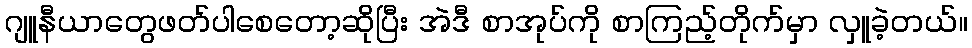
ဂျူနီယာတွေဖတ်ပါစေတော့ဆိုပြီး အဲဒီ စာအုပ်ကို စာကြည့်တိုက်မှာ လှူခဲ့တယ်။